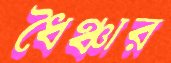
ধৈঞ্চার